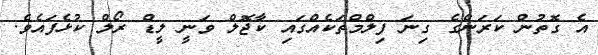
އެ ގޮތުން ކަރަންގެ ގިނަ ފިލްމްތަކެއްގައި ކާޖޮލް ވަނީ ލީޑް ރޯލް ކުޅެފައެވެ.